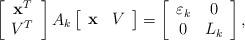
LaTeX: \begin{align*}\left[\begin{array}{c}\mathbf{x}^{T} \\V^{T}\end{array}\right] A_{k}\left[\begin{array}{cc}\mathbf{x} & V\end{array}\right] =\left[\begin{array}{cc}\varepsilon _{k} & 0 \\0 & L_{k}\end{array}\right] , \end{align*}